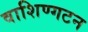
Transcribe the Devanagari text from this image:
वाशिण्गटन